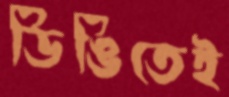
ডিঙিতেই